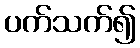
ပက်သက်၍